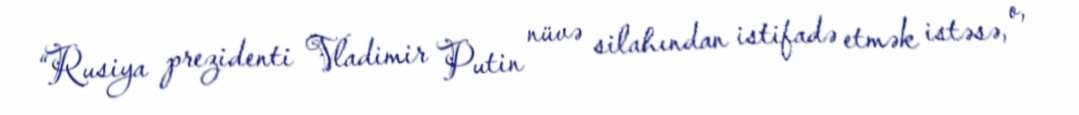
“Rusiya prezidenti Vladimir Putin nüvə silahından istifadə etmək istəsə, o,